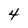
Character: 4